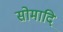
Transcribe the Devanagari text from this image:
सोमादि